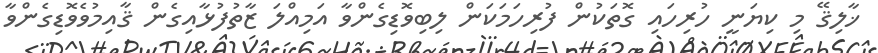
ޚާލިޤޭ މި ކިޔަނީ ހުރިހައި ގޮތަކުން ފުރިހަމަކަން ލިބިވޮޑިގެންވާ އަމިއްލަ ޒާތުފުޅާއިގެން ޤާއިމުވެވޮޑިގެންވާ